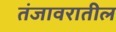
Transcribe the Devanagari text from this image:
तंजावरातील